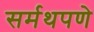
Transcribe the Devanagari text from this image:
सर्मथपणे